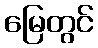
မြေတွင်